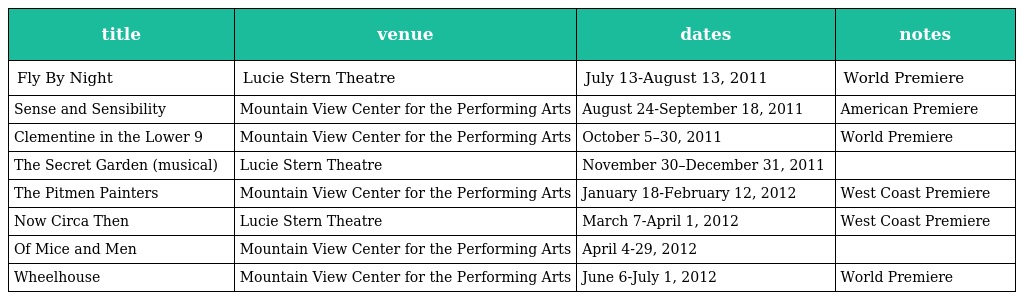
| title | venue | dates | notes |
 | --- | --- | --- | --- |
 | Fly By Night | Lucie Stern Theatre | July 13-August 13, 2011 | World Premiere |
 | Sense and Sensibility | Mountain View Center for the Performing Arts | August 24-September 18, 2011 | American Premiere |
 | Clementine in the Lower 9 | Mountain View Center for the Performing Arts | October 5–30, 2011 | World Premiere |
 | The Secret Garden (musical) | Lucie Stern Theatre | November 30–December 31, 2011 |  |
 | The Pitmen Painters | Mountain View Center for the Performing Arts | January 18-February 12, 2012 | West Coast Premiere |
 | Now Circa Then | Lucie Stern Theatre | March 7-April 1, 2012 | West Coast Premiere |
 | Of Mice and Men | Mountain View Center for the Performing Arts | April 4-29, 2012 |  |
 | Wheelhouse | Mountain View Center for the Performing Arts | June 6-July 1, 2012 | World Premiere |